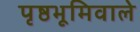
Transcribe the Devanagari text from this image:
पृष्ठभूमिवाले